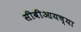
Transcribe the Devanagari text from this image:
सीबीआयच्या